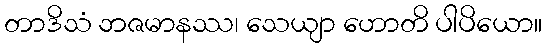
တာဒိသံ ဘဇမာနဿ၊ သေယျာ ဟောတိ ပါပိယော။